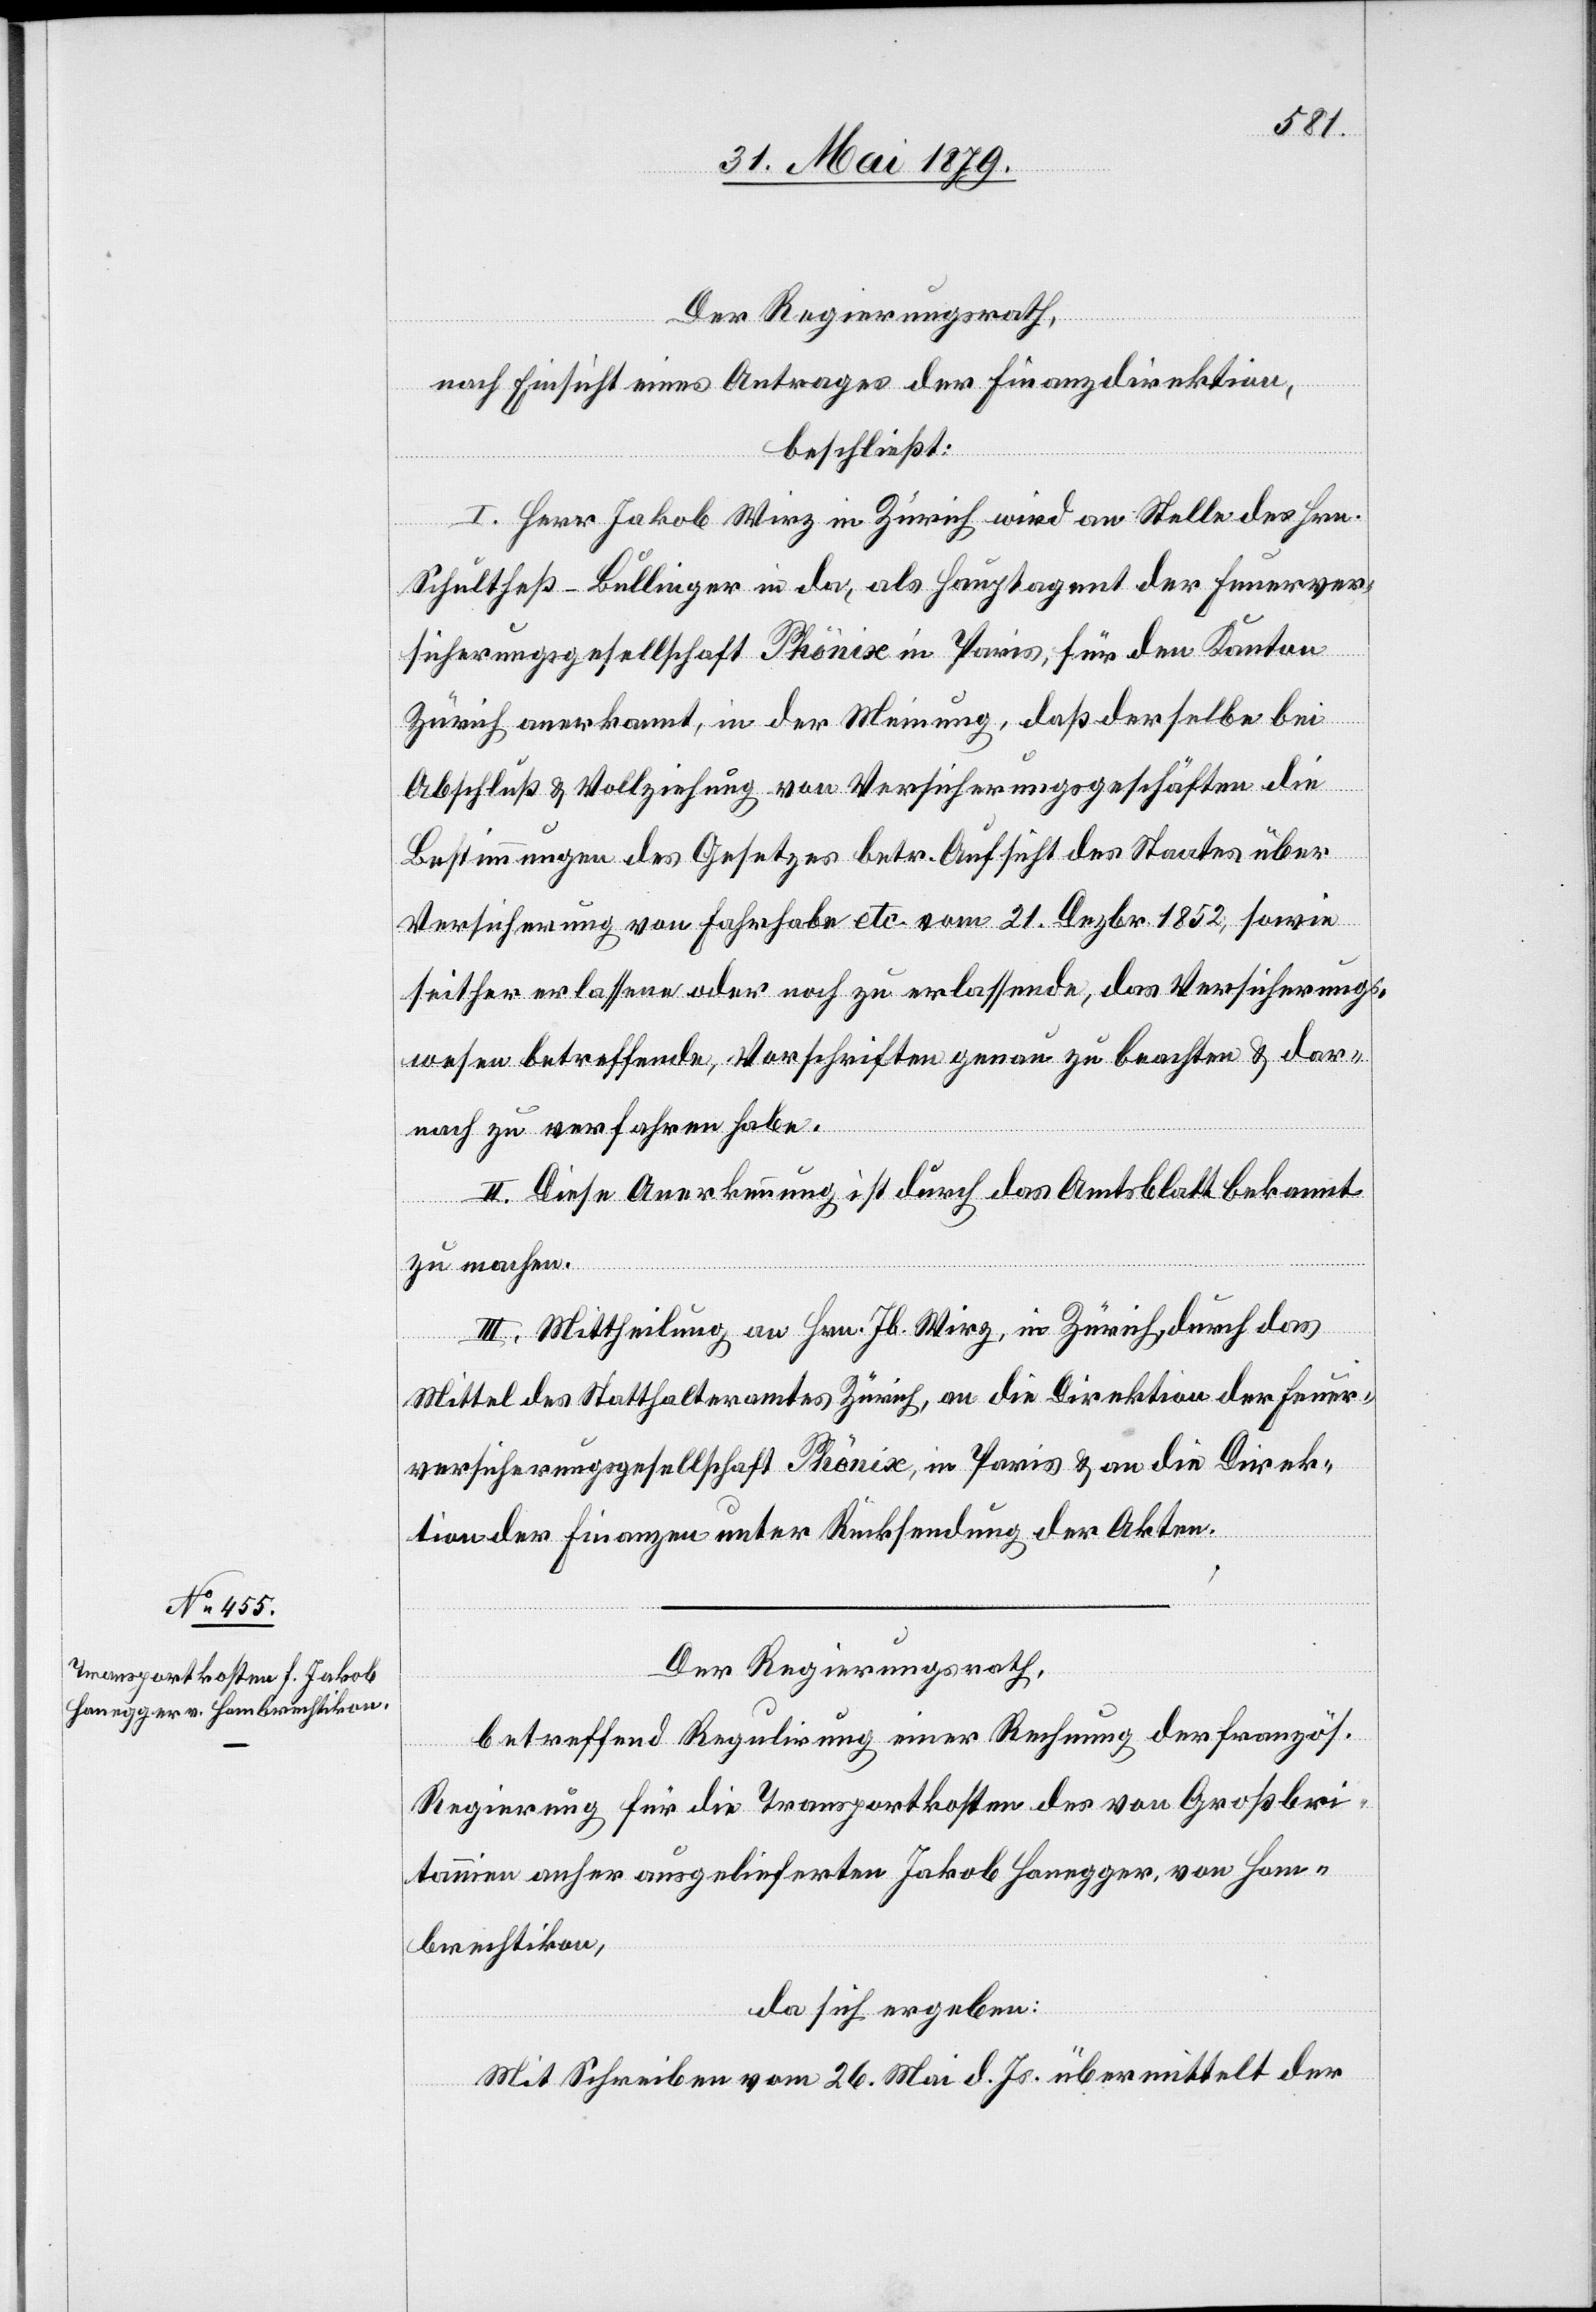
Der Regierungsrath,
nach Einsicht eines Antrages der Finanzdirektion,
beschließt:
I. Herr Jakob Wirz in Zürich wird an Stelle des Hrn.
Schultheß-Bullinger in da, als Hauptagent der Feuerver¬
sicherungsgesellschaft Phönix in Paris, für den Kanton
Zürich anerkannt, in der Meinung, daß derselbe bei
Abschluß & Vollziehung von Versicherungsgeschäften die
Bestimmungen des Gesetzes betr. Aufsicht des Staates über
Versicherung von Fahrhabe etc. vom 21. Dezbr. 1852, sowie
seither erlassene oder noch zu erlassende, das Versicherungs¬
wesen betreffende, Vorschriften genau zu beachten & dar¬
nach zu verfahren habe.
II. Diese Anerkennung ist durch das Amtsblatt bekannt
zu machen.
III. Mittheilung an Hrn. Jb. Wirz, in Zürich, durch das
Mittel des Statthalteramtes Zürich, an die Direktion der Feuer¬
versicherungsgesellschaft Phönix, in Paris & an die Direk¬
tion der Finanzen unter Rücksendung der Akten.
Der Regierungsrath,
betreffend Regulirung einer Rechnung der französ.
Regierung für die Transportkosten des von Großbri¬
tannien anher ausgelieferten Jakob Honegger, von Hom¬
brechtikon,
da sich ergeben:
Mit Schreiben vom 26. Mai d. Js. übermittelt der